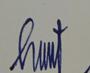
Signature authenticity: genuine